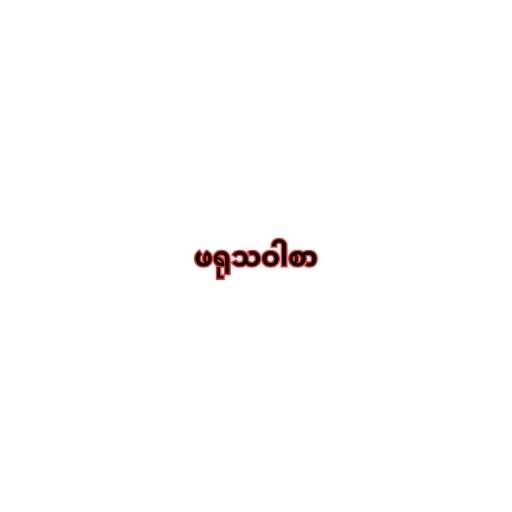
ဖရုသဝါစာ